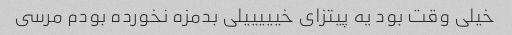
خیلى وقت بود یه پیتزاى خیییییلى بدمزه نخورده بودم مرسى